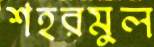
শহরমুল